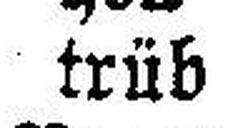
trüb